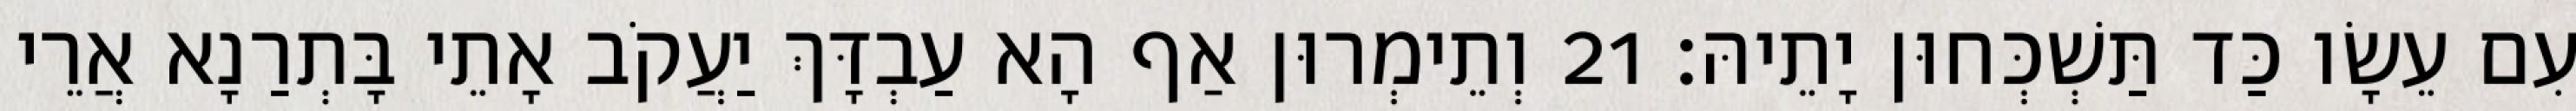
עִם עֵשָׂו כַּד תַּשְׁכְּחוּן יָתֵיהּ׃ 21 וְתֵימְרוּן אַף הָא עַבְדָּךְ יַעֲקֹב אָתֵי בָּתְרַנָא אֲרֵי